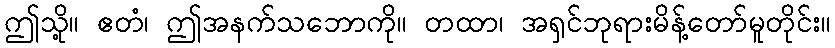
ဤသို့။ ဧတံ၊ ဤအနက်သဘောကို။ တထာ၊ အရှင်ဘုရားမိန့်တော်မူတိုင်း။